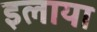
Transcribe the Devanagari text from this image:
इलाया